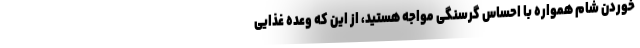
خوردن شام همواره با احساس گرسنگی مواجه هستید، از این که وعده غذایی